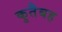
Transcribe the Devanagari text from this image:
कुतैबह